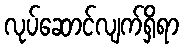
လုပ်ဆောင်လျက်ရှိရာ